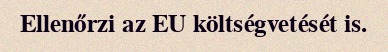
Ellenőrzi az EU költségvetését is.